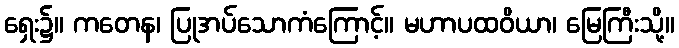
ရှေး၌။ ကတေန၊ ပြုအပ်သောကံကြောင့်။ မဟာပထဝိယာ၊ မြေကြီးသို့။